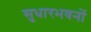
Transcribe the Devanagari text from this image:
सुधारभवनों